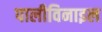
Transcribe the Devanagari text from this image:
पालीविनाइल